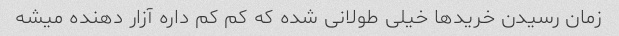
زمان رسیدن خریدها خیلی طولانی شده که کم کم داره آزار دهنده میشه